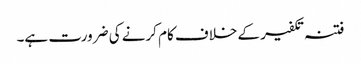
فتنہ تکفیر کے خلاف کام کرنے کی ضرورت ہے۔